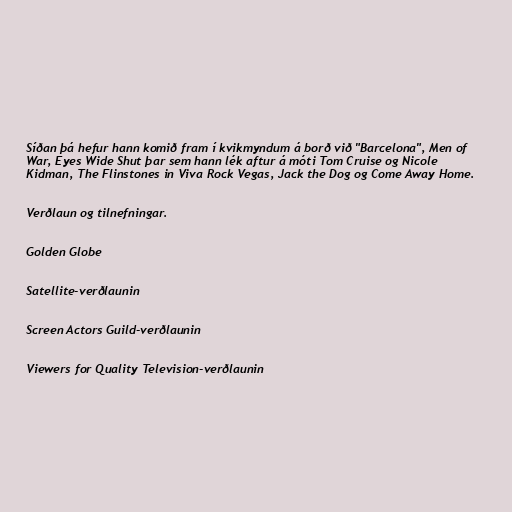
Síðan þá hefur hann komið fram í kvikmyndum á borð við "Barcelona", Men of
War, Eyes Wide Shut þar sem hann lék aftur á móti Tom Cruise og Nicole
Kidman, The Flinstones in Viva Rock Vegas, Jack the Dog og Come Away Home.

Verðlaun og tilnefningar.

Golden Globe

Satellite-verðlaunin

Screen Actors Guild-verðlaunin

Viewers for Quality Television-verðlaunin